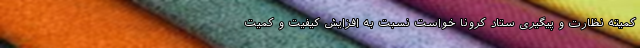
کمیته نظارت و پیگیری ستاد کرونا خواست نسبت به افزایش کیفیت و کمیت